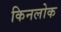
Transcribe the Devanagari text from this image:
किनलोक